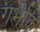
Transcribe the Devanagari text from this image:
गर्भाक